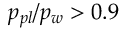
p _ { p l } / p _ { w } > 0 . 9